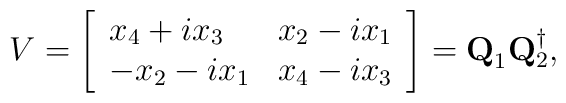
V=\left [ \begin{array} {ll}x_4+ix_3& x_2-ix_1\\-x_2-ix_1& x_4-ix_3\end{array} \right ]={\bf Q}_1{\bf Q}_2^{\dagger},